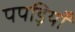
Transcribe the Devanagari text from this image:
पपड़ियाँ